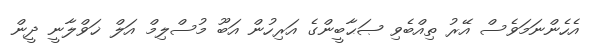
އެހެންނަމަވެސް އޭރު ތިއްބެވި ޞަޙާބީންގެ އަރިހުން އަބޫ މުސްލިމް އަލް ޚަވްލާނީ ދީން